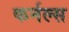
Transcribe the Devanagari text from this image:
कर्नल्‍स